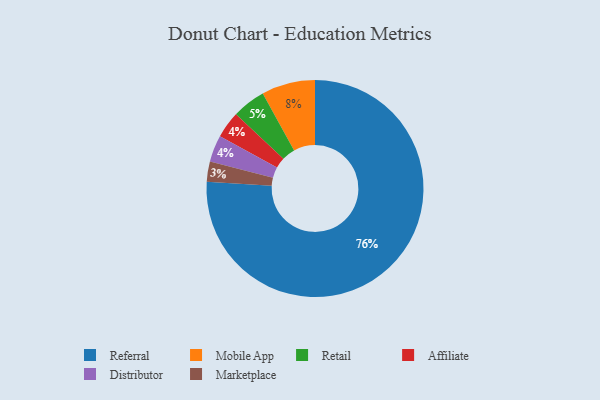
{"axis": {"x": "Category", "y": "Percentage"}, "legend": ["Affiliate", "Distributor", "Marketplace", "Mobile App", "Referral", "Retail"], "data": [{"x": "Mobile App", "y": 8, "type": "Mobile App"}, {"x": "Marketplace", "y": 3, "type": "Marketplace"}, {"x": "Affiliate", "y": 4, "type": "Affiliate"}, {"x": "Referral", "y": 76, "type": "Referral"}, {"x": "Distributor", "y": 4, "type": "Distributor"}, {"x": "Retail", "y": 5, "type": "Retail"}]}